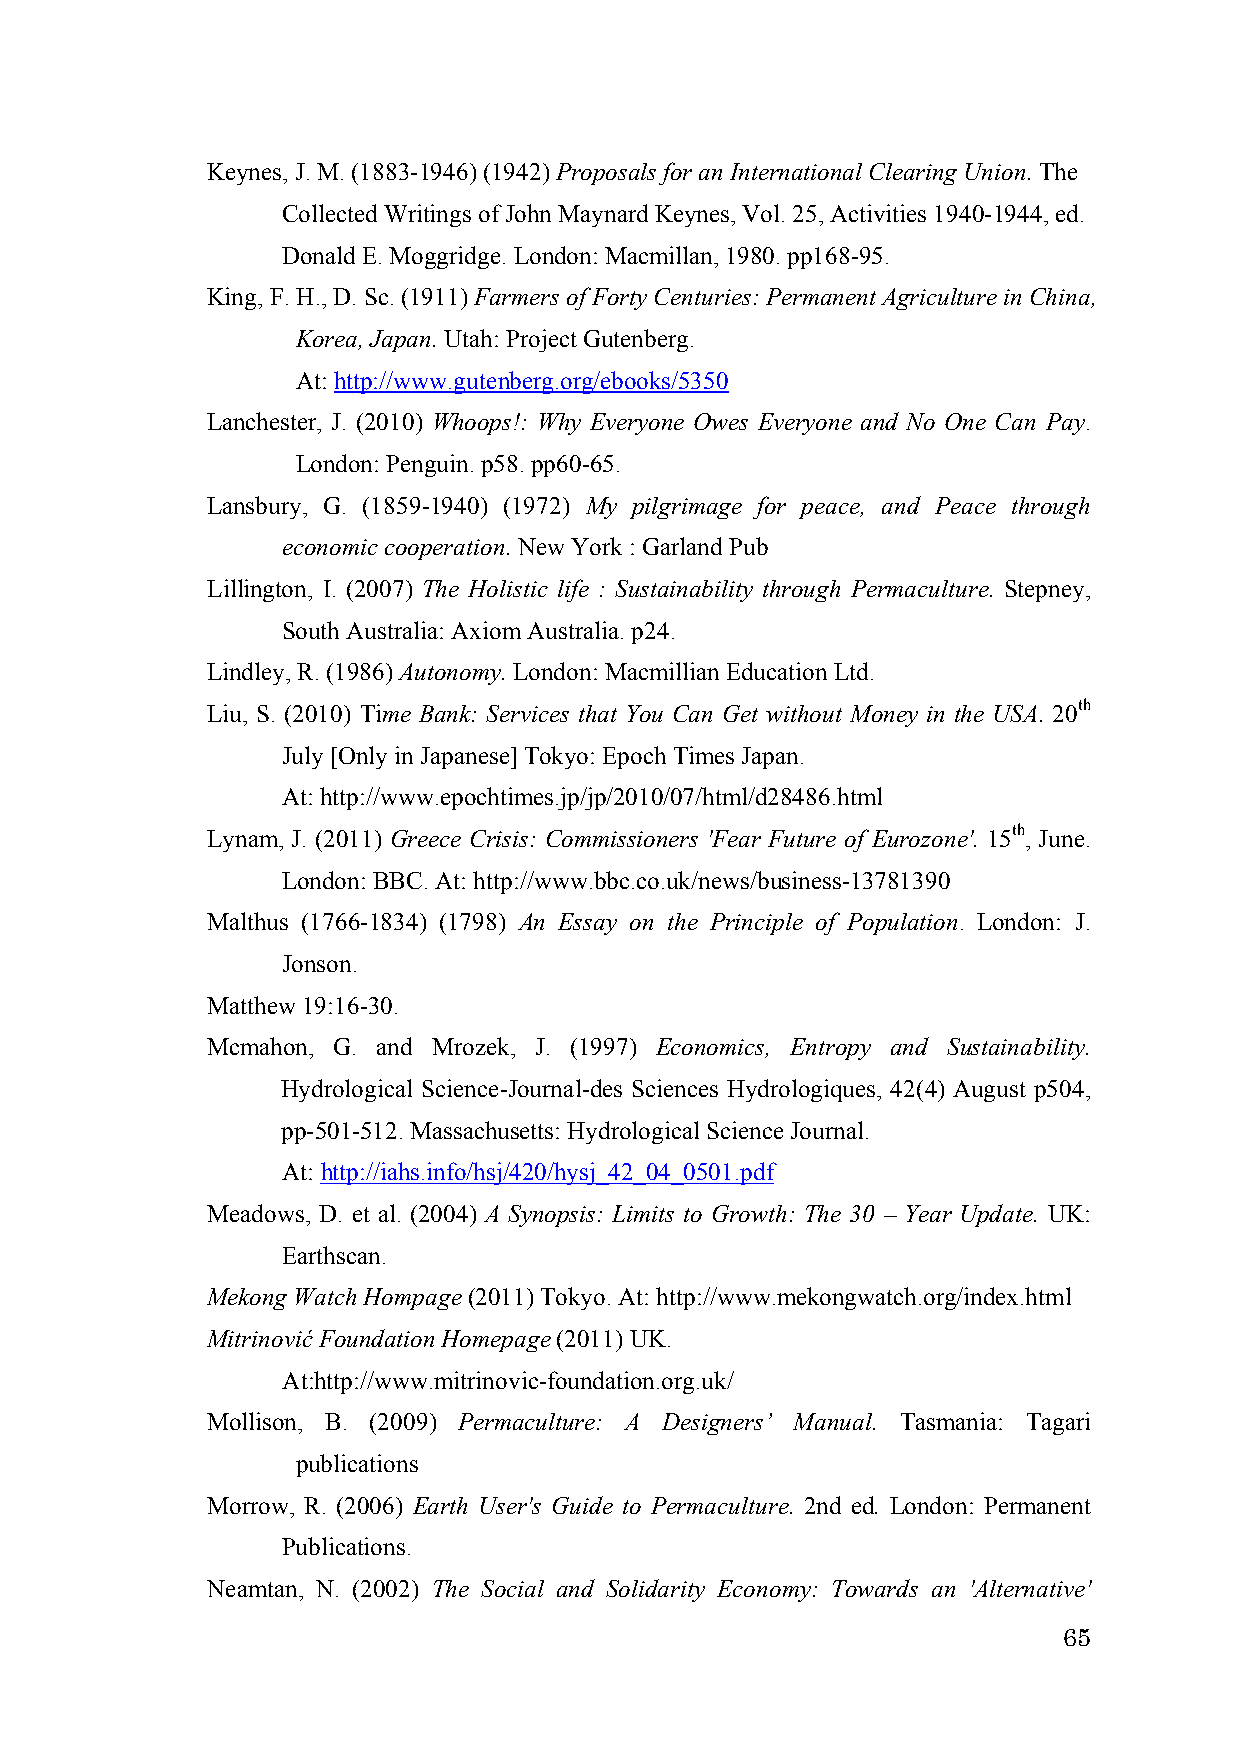
Keynes, J. M. (1883-1946) (1942) Proposals for an International Clearing Union. The
 Collected Writings of John Maynard Keynes, Vol. 25, Activities 1940-1944, ed.
 Donald E. Moggridge. London: Macmillan, 1980. pp168-95.
 King, F. H., D. Sc. (1911) Farmers of Forty Centuries: Permanent Agriculture in China,
 Korea, Japan. Utah: Project Gutenberg.
 At: http://www.gutenberg.org/ebooks/5350
 Lanchester, J. (2010) Whoops!: Why Everyone Owes Everyone and No One Can Pay.
 London: Penguin. p58. pp60-65.
 Lansbury, G. (1859-1940) (1972) My pilgrimage for peace, and Peace through
 economic cooperation. New York : Garland Pub
 Lillington, I. (2007) The Holistic life : Sustainability through Permaculture. Stepney,
 South Australia: Axiom Australia. p24.
 Lindley, R. (1986) Autonomy. London: Macmillian Education Ltd.
 Liu, S. (2010) Time Bank: Services that You Can Get without Money in the USA. 20th
 July [Only in Japanese] Tokyo: Epoch Times Japan.
 At: http://www.epochtimes.jp/jp/2010/07/html/d28486.html
 Lynam, J. (2011) Greece Crisis: Commissioners 'Fear Future of Eurozone'. 15th, June.
 London: BBC. At: http://www.bbc.co.uk/news/business-13781390
 Malthus (1766-1834) (1798) An Essay on the Principle of Population. London: J.
 Jonson.
 Matthew 19:16-30.
 Mcmahon, G. and Mrozek, J. (1997) Economics, Entropy and Sustainability.
 Hydrological Science-Journal-des Sciences Hydrologiques, 42(4) August p504,
 pp-501-512. Massachusetts: Hydrological Science Journal.
 At: http://iahs.info/hsj/420/hysj_42_04_0501.pdf
 Meadows, D. et al. (2004) A Synopsis: Limits to Growth: The 30 – Year Update. UK:
 Earthscan.
 Mekong Watch Hompage (2011) Tokyo. At: http://www.mekongwatch.org/index.html
 Mitrinović Foundation Homepage (2011) UK.
 At:http://www.mitrinovic-foundation.org.uk/
 Mollison, B. (2009) Permaculture: A Designers’ Manual. Tasmania: Tagari
 publications
 Morrow, R. (2006) Earth User's Guide to Permaculture. 2nd ed. London: Permanent
 Publications.
 Neamtan, N. (2002) The Social and Solidarity Economy: Towards an 'Alternative'
 65